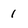
Character: 1